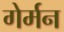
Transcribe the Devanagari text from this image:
गेर्मन